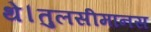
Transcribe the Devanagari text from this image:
थे।तुलसीमानस